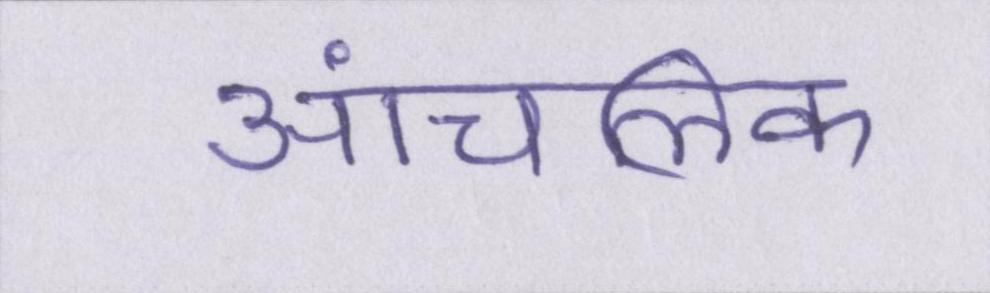
आंचलिक